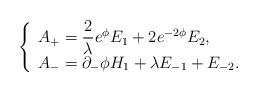
LaTeX: \begin{align*}\left\{ \begin{array}{l}A_{+} = {\displaystyle \frac{2}{\lambda} } e^{\phi} E_{1}+ 2 e^{- 2\phi} E_{2} , \\A_{-} = \partial_{-}\phi H_{1} + \lambda E_{- 1} + E_{- 2} .\end{array}\right.\end{align*}